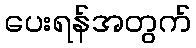
ပေးရန်အတွက်